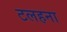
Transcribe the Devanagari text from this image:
टलहना